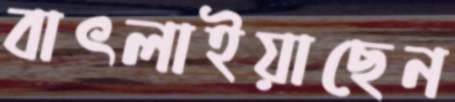
বাৎলাইয়াছেন